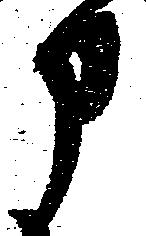
部